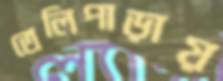
তেলিপাড়ায়